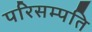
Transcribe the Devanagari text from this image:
परिसम्पति